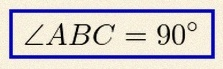
\angle ABC=90^\circ